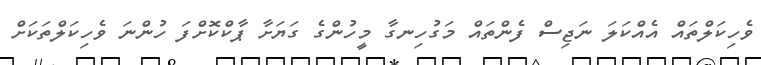
ވެހިކަލްތައް އެއްކަލަ ނަޖިސް ފެންތައް މަގުހިނގާ މީހުންގެ ގަޔަށާ ޕާކްކޮށްފަ ހުންނަ ވެހިކަލްތަކަށް